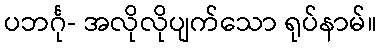
ပဘင်္ဂု- အလိုလိုပျက်သော ရုပ်နာမ်။